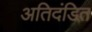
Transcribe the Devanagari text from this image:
अतिदंडित